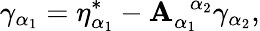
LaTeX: \gamma_{\alpha_{1}}=\eta_{\alpha_{1}}^{*}-\mathbf{A}_{\alpha_{1}}^{\; \; \alpha_{2}}\gamma_{\alpha_{2}},